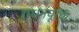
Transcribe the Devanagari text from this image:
राधनपूरचा